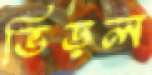
ভিড়ল